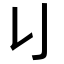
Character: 𠄍